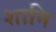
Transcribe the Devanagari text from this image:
शानि